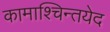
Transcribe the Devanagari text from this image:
कामाश्चिन्तयेद